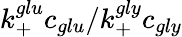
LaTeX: k_{+}^{glu}c_{glu}/k_{+}^{gly}c_{gly}